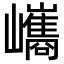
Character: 𡿀